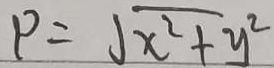
P = \sqrt { x ^ { 2 } + y ^ { 2 } }